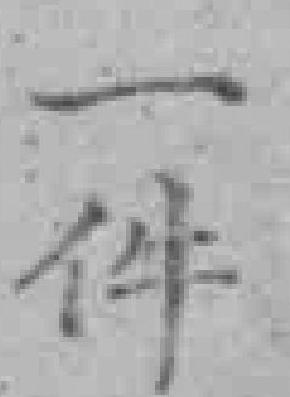
一件